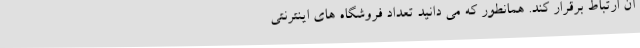
آن ارتباط برقرار کند. همانطور که می دانید تعداد فروشگاه های اینترنتی